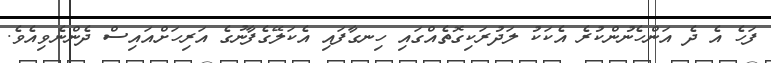
ފަހެ އެ ދެ އަންހެނުންކުރެ އެކަކު ލަދުރަކިގޮތެއްގައި ހިނގާފައި އެކަލޭގެފާނުގެ އަރިހަށްއައިސް ދެންނެވިއެވެ.